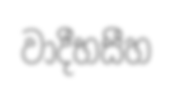
වාදීභසීහ